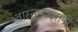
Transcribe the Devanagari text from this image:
वास्तुतज्ज्ञांनी